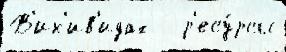
В'ик'ив'идах   р'есу́рсы